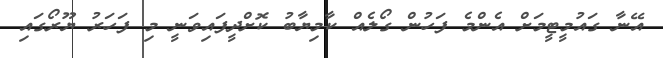
އޭނާ ގައުމީޓީމަށް އެންމެ ފަހުން ގޯލެއް ކާމިޔާބު ކޮށްދީފައިވަނީ މި ފަހަރު ޔޫރޯގައި